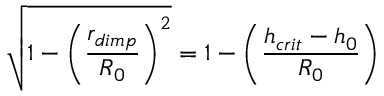
\sqrt { 1 - \left( \frac { r _ { d i m p } } { R _ { 0 } } \right) ^ { 2 } } = 1 - \left( \frac { h _ { c r i t } - h _ { 0 } } { R _ { 0 } } \right)